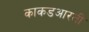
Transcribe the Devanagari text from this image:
काकडआरती